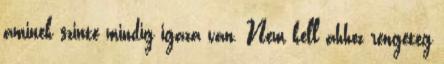
aminek szinte mindig igaza van. Nem kell ahhoz rengeteg